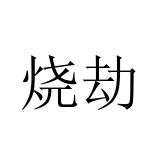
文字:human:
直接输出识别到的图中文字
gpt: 烧劫